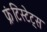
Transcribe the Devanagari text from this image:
फ्रंटिस्टेट्स